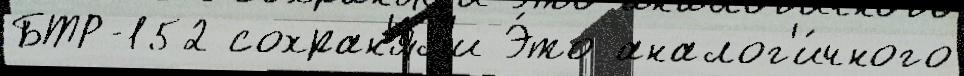
БТР-152 сохран'я́л'и Э́то аналог'и́чного